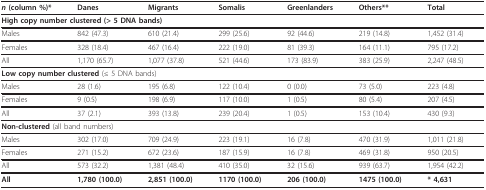
| n (column %)* | Danes | Migrants | Somalis | Greenlanders | Others** | Total |
 | --- | --- | --- | --- | --- | --- | --- |
 | <COLSPAN=7> High copy number clustered (> 5 DNA bands) |
 | Males | 842 (47.3) | 610 (21.4) | 299 (25.6) | 92 (44.6) | 219 (14.8) | 1,452 (31.4) |
 | Females | 328 (18.4) | 467 (16.4) | 222 (19.0) | 81 (39.3) | 164 (11.1) | 795 (17.2) |
 | All | 1,170 (65.7) | 1,077 (37.8) | 521 (44.6) | 173 (83.9) | 383 (25.9) | 2,247 (48.5) |
 | <COLSPAN=7> Low copy number clustered (≤ 5 DNA bands) |
 | Males | 28 (1.6) | 195 (6.8) | 122 (10.4) | 0 (0.0) | 73 (5.0) | 223 (4.8) |
 | Females | 9 (0.5) | 198 (6.9) | 117 (10.0) | 1 (0.5) | 80 (5.4) | 207 (4.5) |
 | All | 37 (2.1) | 393 (13.8) | 239 (20.4) | 1 (0.5) | 153 (10.4) | 430 (9.3) |
 | <COLSPAN=7> Non-clustered (all band numbers) |
 | Males | 302 (17.0) | 709 (24.9) | 223 (19.1) | 16 (7.8) | 470 (31.9) | 1,011 (21.8) |
 | Females | 271 (15.2) | 672 (23.6) | 187 (15.9) | 16 (7.8) | 469 (31.8) | 950 (20.5) |
 | All | 573 (32.2) | 1,381 (48.4) | 410 (35.0) | 32 (15.6) | 939 (63.7) | 1,954 (42.2) |
 | All | 1,780 (100.0) | 2,851 (100.0) | 1170 (100.0) | 206 (100.0) | 1475 (100.0) | * 4,631 |